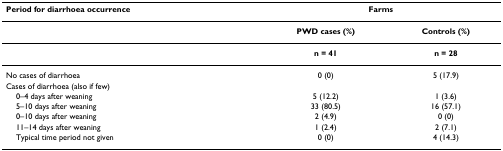
| Period for diarrhoea occurrence | <COLSPAN=2> Farms |
 | --- | --- | --- |
 |  | PWD cases (%) | Controls (%) |
 |  | n = 41 | n = 28 |
 | No cases of diarrhoea | 0 (0) | 5 (17.9) |
 | Cases of diarrhoea (also if few) |  |  |
 | 0–4 days after weaning | 5 (12.2) | 1 (3.6) |
 | 5–10 days after weaning | 33 (80.5) | 16 (57.1) |
 | 0–10 days after weaning | 2 (4.9) | 0 (0) |
 | 11–14 days after weaning | 1 (2.4) | 2 (7.1) |
 | Typical time period not given | 0 (0) | 4 (14.3) |